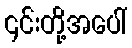
၎င်းတို့အပေါ်